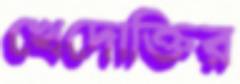
খেদোক্তির